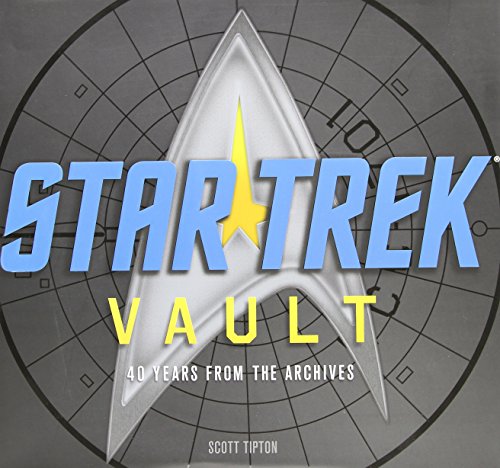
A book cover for Star Trek Vault: 40 Years from the Archives; Scott Tipton; Humor & Entertainment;